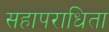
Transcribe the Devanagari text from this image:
सहापराधिता